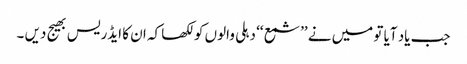
جب یاد آیا تو میں نے ’’شمع ‘‘ دہلی والوں کو لکھا کہ ان کا ایڈریس بھیج دیں ۔